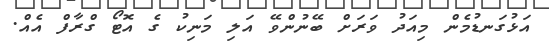
އަޅުގަނޑުމެން މިއަދު ވަރަށް ބޭނުންވޭ އަލި މަނިކު ގެ އޮޓޯ ގްރާފް އެއް.